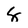
Character: 8